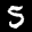
Label: 5